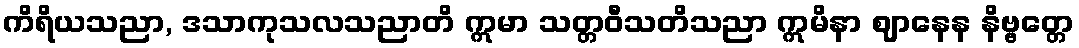
ကိရိယသညာ, ဒသာကုသလသညာတိ ဣမာ သတ္တဝီသတိသညာ ဣမိနာ ဈာနေန နိဗ္ဗတ္တေ